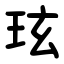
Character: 玹